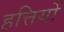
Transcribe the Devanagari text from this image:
हत्तियों